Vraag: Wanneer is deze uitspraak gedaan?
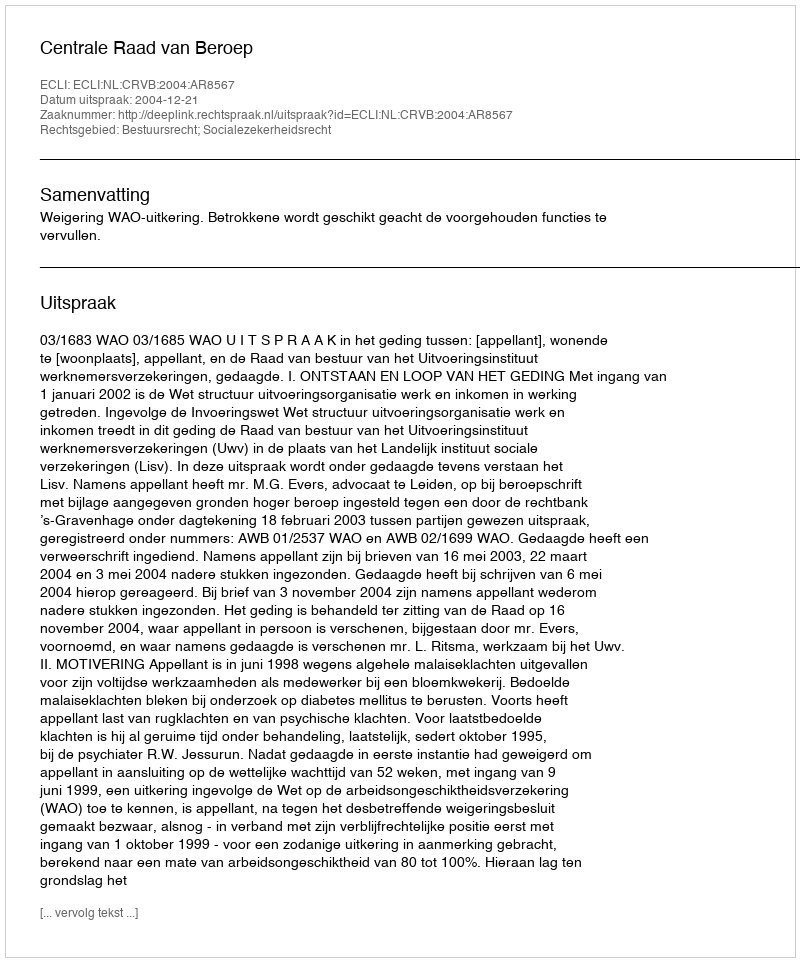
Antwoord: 2004-12-21